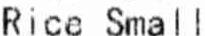
RICE SMALL